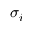
\sigma _ { i }